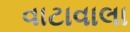
વાટાવાલા